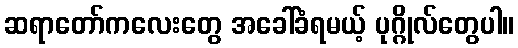
ဆရာတော်ကလေးတွေ အခေါ်ခံရမယ့် ပုဂ္ဂိုလ်တွေပါ။